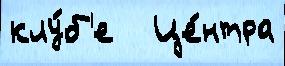
клу́б'е   Це́нтра